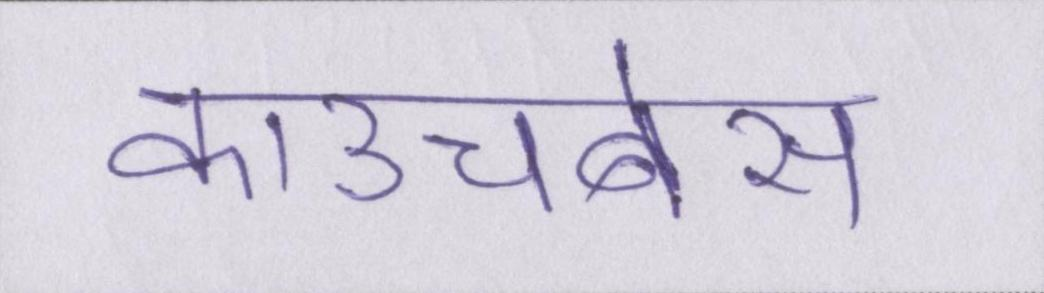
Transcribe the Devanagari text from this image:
काउचबेस